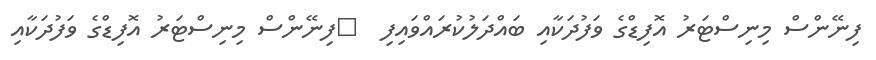
ފިނޭންސް މިނިސްޓަރު އޮފިޑްގެ ވަފުދަކާއި ބައްދަލުކުރައްވައިފި  	ފިނޭންސް މިނިސްޓަރު އޮފިޑްގެ ވަފުދަކާއި